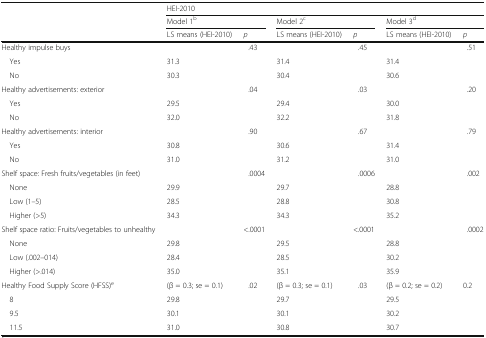
<table><thead><tr><td rowspan="3"></td><td colspan="6"><b>HEI-2010</b></td></tr><tr><td colspan="2"><b>Model 1<sup>b</sup></b></td><td colspan="2"><b>Model 2<sup>c</sup></b></td><td colspan="2"><b>Model 3<sup>d</sup></b></td></tr><tr><td><b>LS means (HEI-2010)</b></td><td><b><i>p</i></b></td><td><b>LS means (HEI-2010)</b></td><td><b><i>p</i></b></td><td><b>LS means (HEI-2010)</b></td><td><b><i>p</i></b></td></tr></thead><tbody><tr><td>Healthy impulse buys</td><td></td><td>.43</td><td></td><td>.45</td><td></td><td>.51</td></tr><tr><td> Yes</td><td>31.3</td><td></td><td>31.4</td><td></td><td>31.4</td><td></td></tr><tr><td> No</td><td>30.3</td><td></td><td>30.4</td><td></td><td>30.6</td><td></td></tr><tr><td>Healthy advertisements: exterior</td><td></td><td>.04</td><td></td><td>.03</td><td></td><td>.20</td></tr><tr><td> Yes</td><td>29.5</td><td></td><td>29.4</td><td></td><td>30.0</td><td></td></tr><tr><td> No</td><td>32.0</td><td></td><td>32.2</td><td></td><td>31.8</td><td></td></tr><tr><td>Healthy advertisements: interior</td><td></td><td>.90</td><td></td><td>.67</td><td></td><td>.79</td></tr><tr><td> Yes</td><td>30.8</td><td></td><td>30.6</td><td></td><td>31.4</td><td></td></tr><tr><td> No</td><td>31.0</td><td></td><td>31.2</td><td></td><td>31.0</td><td></td></tr><tr><td>Shelf space: Fresh fruits/vegetables (in feet)</td><td></td><td>.0004</td><td></td><td>.0006</td><td></td><td>.002</td></tr><tr><td> None</td><td>29.9</td><td></td><td>29.7</td><td></td><td>28.8</td><td></td></tr><tr><td> Low (1–5)</td><td>28.5</td><td></td><td>28.8</td><td></td><td>30.8</td><td></td></tr><tr><td> Higher (&gt;5)</td><td>34.3</td><td></td><td>34.3</td><td></td><td>35.2</td><td></td></tr><tr><td>Shelf space ratio: Fruits/vegetables to unhealthy</td><td></td><td>&lt;.0001</td><td></td><td>&lt;.0001</td><td></td><td>.0002</td></tr><tr><td> None</td><td>29.8</td><td></td><td>29.5</td><td></td><td>28.8</td><td></td></tr><tr><td> Low (.002–014)</td><td>28.4</td><td></td><td>28.5</td><td></td><td>30.2</td><td></td></tr><tr><td> Higher (&gt;.014)</td><td>35.0</td><td></td><td>35.1</td><td></td><td>35.9</td><td></td></tr><tr><td>Healthy Food Supply Score (HFSS)<sup>e</sup></td><td>(β = 0.3; se = 0.1)</td><td>.02</td><td>(β = 0.3; se = 0.1)</td><td>.03</td><td>(β = 0.2; se = 0.2)</td><td>0.2</td></tr><tr><td> 8</td><td>29.8</td><td></td><td>29.7</td><td></td><td>29.5</td><td></td></tr><tr><td> 9.5</td><td>30.1</td><td></td><td>30.1</td><td></td><td>30.2</td><td></td></tr><tr><td> 11.5</td><td>31.0</td><td></td><td>30.8</td><td></td><td>30.7</td><td></td></tr></tbody></table>